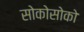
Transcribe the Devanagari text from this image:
सोकोसोको